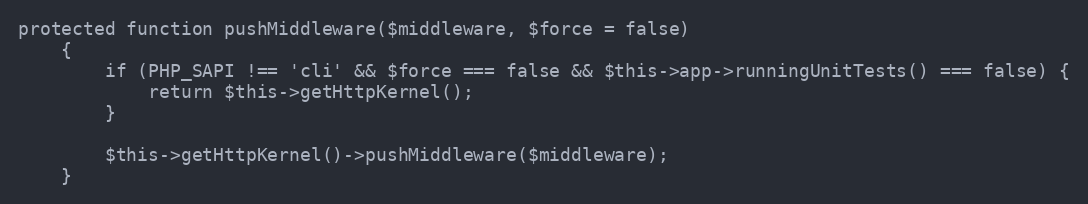
Language: PHP
protected function pushMiddleware($middleware, $force = false)
    {
        if (PHP_SAPI !== 'cli' && $force === false && $this->app->runningUnitTests() === false) {
            return $this->getHttpKernel();
        }

        $this->getHttpKernel()->pushMiddleware($middleware);
    }